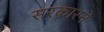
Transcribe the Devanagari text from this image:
सरकारनें